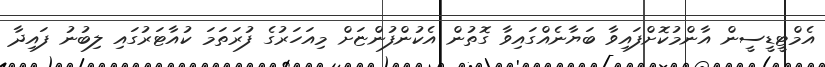
އެމްޓީޑީސީން އާންމުކޮށްފައިވާ ބަޔާނެއްގައިވާ ގޮތުން އެކުންފުންޏަށް މިއަހަރުގެ ފުރަތަމަ ކުއާޓަރުގައި ލިބުނު ފައިދާ